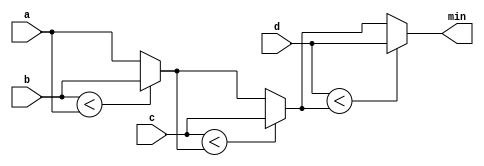
module top_module (
    input [7:0] a, b, c, d,
    output [7:0] min);//
    
    always @(*)
        begin
    		    min = a;
            min = (b<min)? b : min;
            min = (c<min)? c : min;
            min= (d<min)? d : min;
        end
endmodule